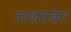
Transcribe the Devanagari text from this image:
जखडबंद